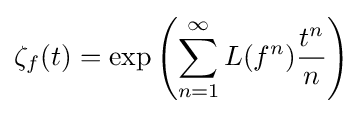
\zeta _{f}(t)=\exp \left(\sum _{n=1}^{\infty }L(f^{n}){\frac {t^{n}}{n}}\right)